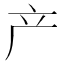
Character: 产